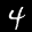
Label: 4